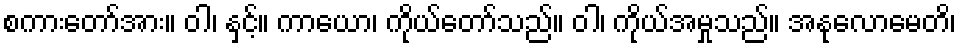
စကားတော်အား။ ဝါ၊ နှင့်။ ကာယော၊ ကိုယ်တော်သည်။ ဝါ၊ ကိုယ်အမှုသည်။ အနုလောမေတိ၊